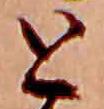
と